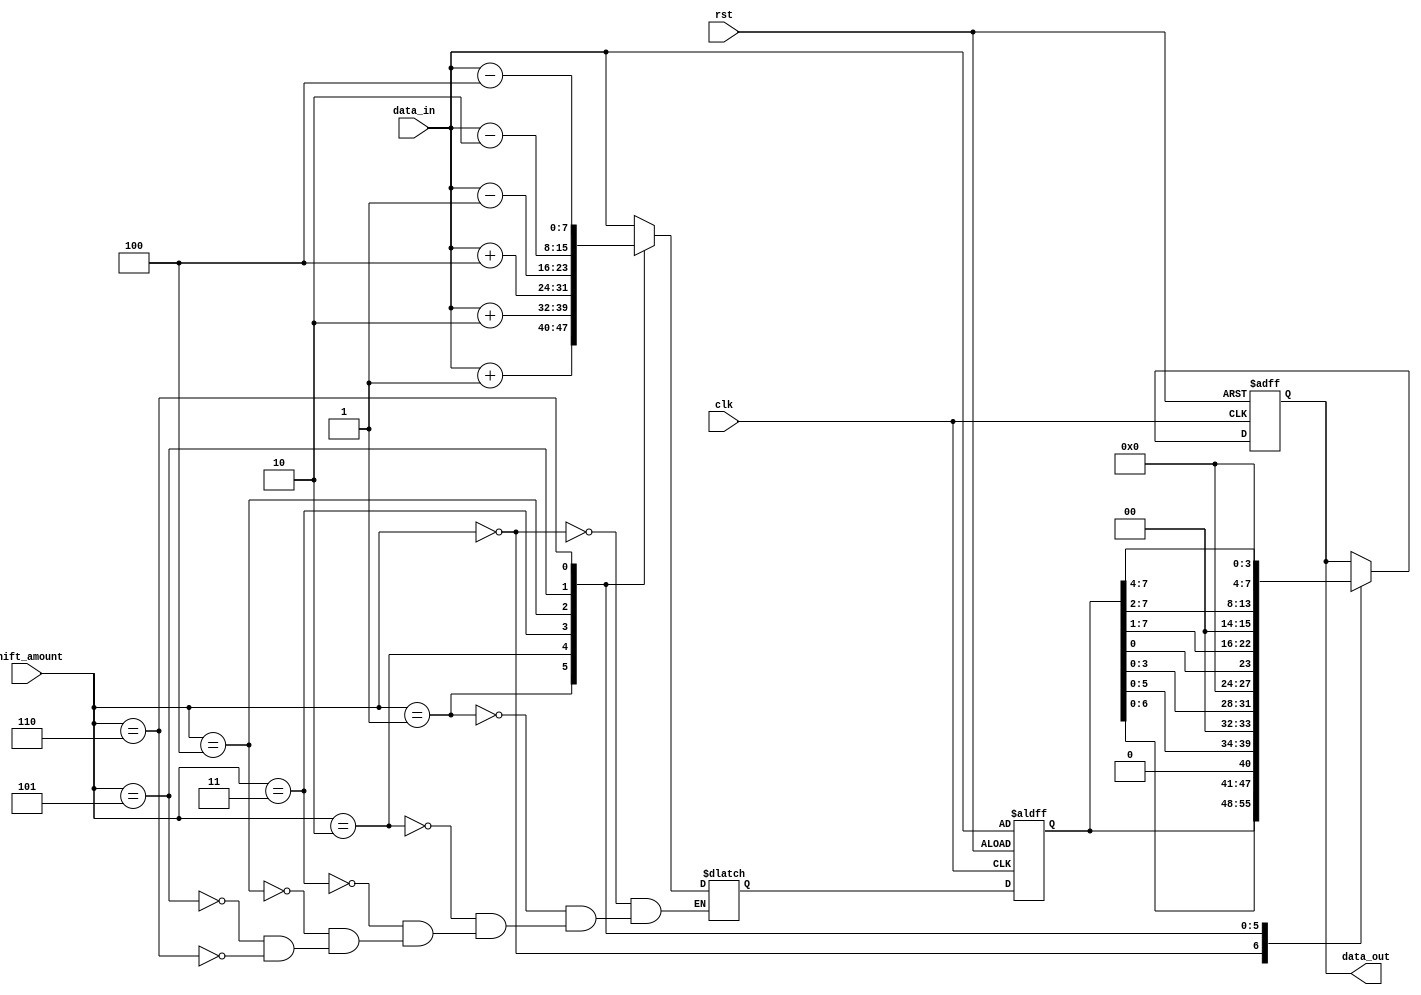
module HybridBarrelShifter(
    input wire clk,
    input wire rst,
    input wire [7:0] data_in,
    input wire [2:0] shift_amount,
    output wire [7:0] data_out
);

reg [7:0] input_data;
reg [7:0] output_data;

// Arithmetic blocks
reg [7:0] temp_data;
always @(*) begin
    case(shift_amount)
        3'b000: temp_data = data_in;
        3'b001: temp_data = data_in + 1;
        3'b010: temp_data = data_in + 2;
        3'b011: temp_data = data_in + 4;
        3'b100: temp_data = data_in - 1;
        3'b101: temp_data = data_in - 2;
        3'b110: temp_data = data_in - 4;
    endcase
end

// Barrel shifter logic
always @(posedge clk or posedge rst) begin
    if(rst) begin
        input_data <= data_in;
        output_data <= 8'b00000000;
    end else begin
        input_data <= temp_data;
        case(shift_amount)
            3'b000: output_data <= input_data;
            3'b001: output_data <= {input_data[6:0], 1'b0};
            3'b010: output_data <= {input_data[5:0], 2'b00};
            3'b011: output_data <= {input_data[3:0], 4'b0000};
            3'b100: output_data <= {input_data[0], input_data[7:1]};
            3'b101: output_data <= {2'b00, input_data[7:2]};
            3'b110: output_data <= {4'b0000, input_data[7:4]};
        endcase
    end
end

assign data_out = output_data;

endmodule